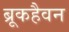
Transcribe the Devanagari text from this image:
ब्रूकहैवन